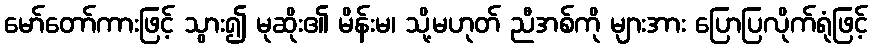
မော်တော်ကားဖြင့် သွား၍ မုဆိုး၏ မိန်းမ၊ သို့မဟုတ် ညီအစ်ကို များအား ပြောပြလိုက်ရုံဖြင့်